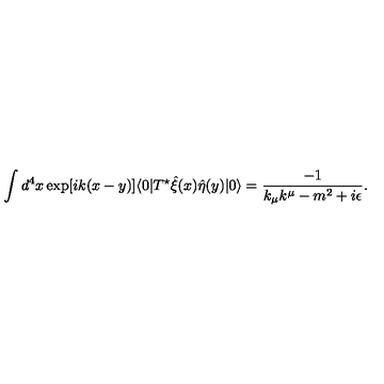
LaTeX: \int d ^ { 4 } x \exp [ i k ( x - y ) ] \langle 0 | T ^ { \star } \hat { \xi } ( x ) \hat { \eta } ( y ) | 0 \rangle = \frac { - 1 } { k _ { \mu } k ^ { \mu } - m ^ { 2 } + i \epsilon } .